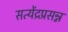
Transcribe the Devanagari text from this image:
सत्येंद्रप्रसन्न